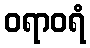
ဝရာဝရံ